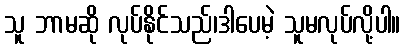
သူ ဘာမဆို လုပ်နိုင်သည်၊ဒါပေမဲ့ သူမလုပ်လို့ပါ။